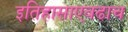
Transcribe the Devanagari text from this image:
इतिहासाएवढाच